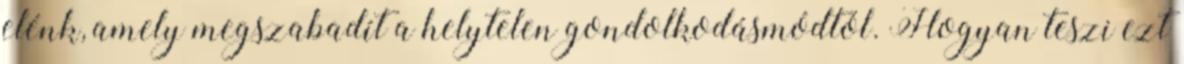
elénk, amely megszabadít a helytelen gondolkodásmódtól. Hogyan teszi ezt